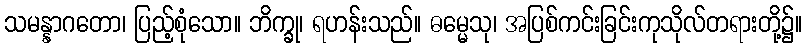
သမန္နာဂတော၊ ပြည့်စုံသော။ ဘိက္ခု၊ ရဟန်းသည်။ ဓမ္မေသု၊ အပြစ်ကင်းခြင်းကုသိုလ်တရားတို့၌။